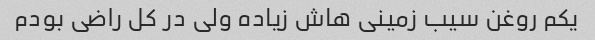
یکم روغن سیب زمینی هاش زیاده ولی در کل راضی بودم